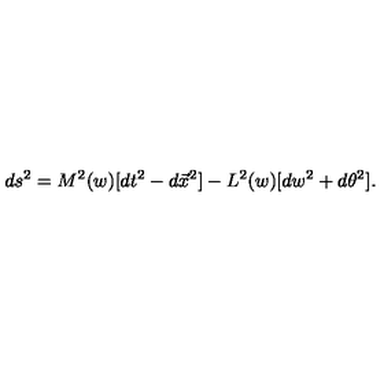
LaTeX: d s ^ { 2 } = M ^ { 2 } ( w ) [ d t ^ { 2 } - d \vec { x } ^ { 2 } ] - L ^ { 2 } ( w ) [ d w ^ { 2 } + d \theta ^ { 2 } ] .